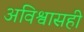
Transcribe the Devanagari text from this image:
अविश्वासही